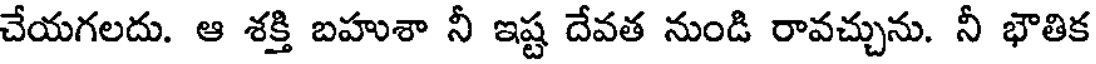
చేయగలదు. ఆ శక్తి బహుశా నీ ఇష్ట దేవత నుండి రావచ్చును. నీ భౌతిక